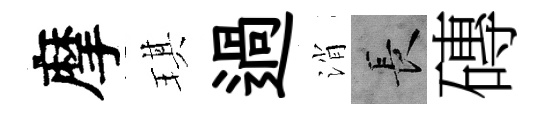
摩琪過消长磚